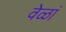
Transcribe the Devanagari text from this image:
वेळां